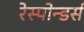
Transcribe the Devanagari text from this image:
रेस्पोन्डर्स